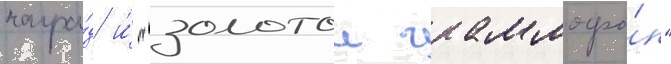
награ́д и́ "золотои граммофо́н"